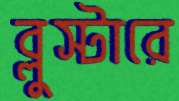
ব্লুস্টারে